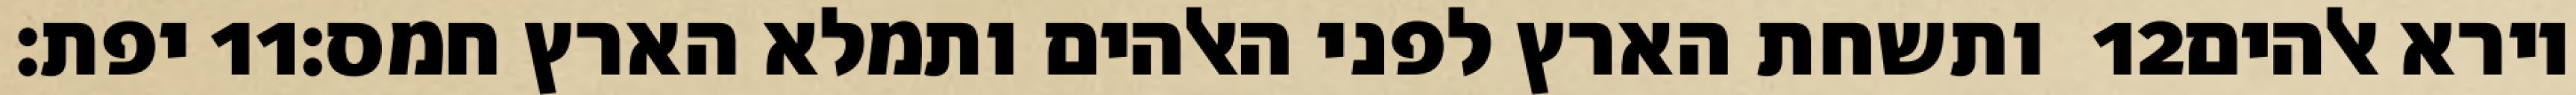
יפת׃ ‎11‏ ותשחת הארץ לפני האלהים ותמלא הארץ חמס׃ ‎12‏ וירא אלהים